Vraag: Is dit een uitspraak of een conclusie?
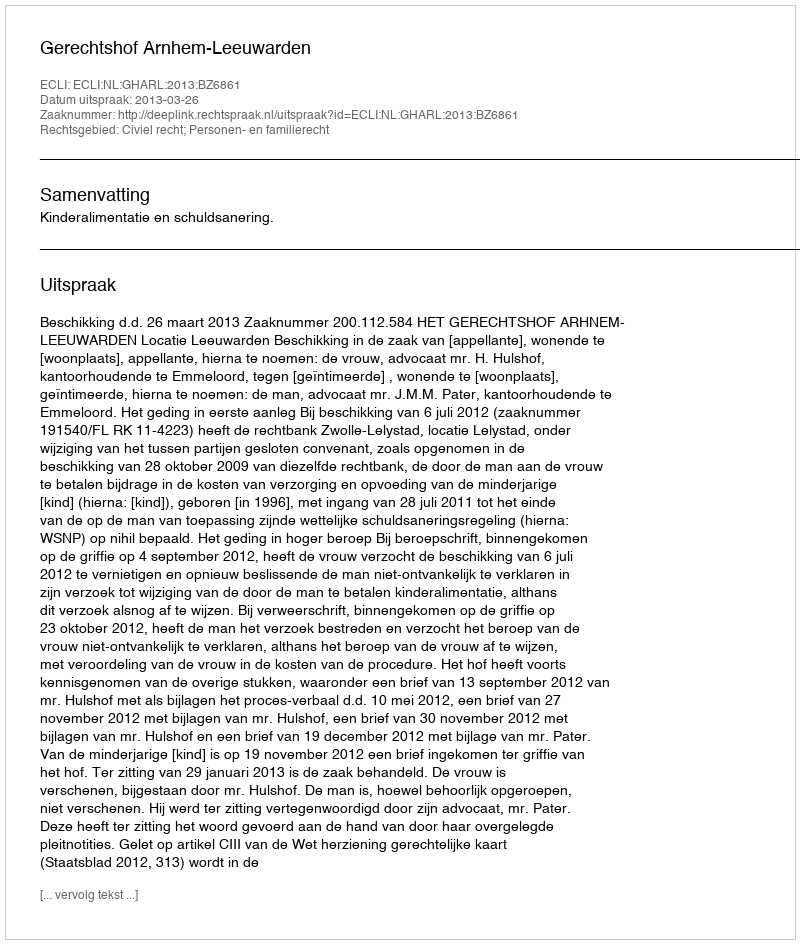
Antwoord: Uitspraak